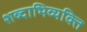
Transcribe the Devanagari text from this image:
शब्दाभिव्यक्ति